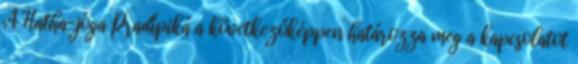
A Hatha-jóga Pradípiká a következőképpen határozza meg a kapcsolatot